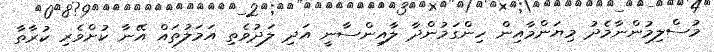
މުސްލިމުންނާމެދު މިޔަންމާއިން ހިންގަމުންދާ ލާއިންސާނީ އަދި ލަދުވެތި އަމަލުތައް އޭނާ ކުށްވެރި ކުރާތާ